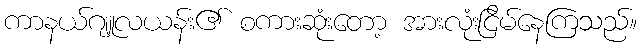
ကာနယ်ဂျူလယန်း၏ စကားဆုံးတော့ အားလုံးငြိမ်နေကြသည်။